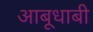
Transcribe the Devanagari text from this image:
आबूधाबी